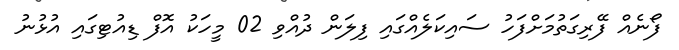
ފޯނެއް ފޭރިގަތުމަށްފަހު ސައިކަލެއްގައި ފިލަން ދުއްވި 02 މީހަކު އޮފް ޑިއުޓިގައި އުޅުނު